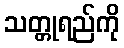
သတ္တုရည်ကို